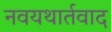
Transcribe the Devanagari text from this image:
नवयथार्तवाद